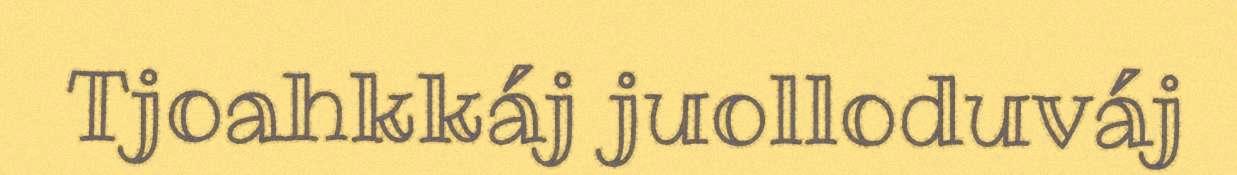
Tjoahkkáj juolloduváj